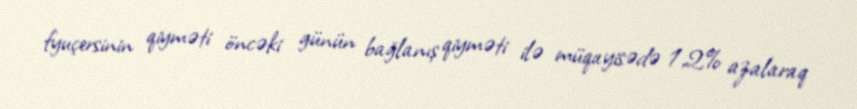
fyuçersinin qiyməti öncəki günün bağlanış qiyməti ilə müqayisədə 1,2% azalaraq